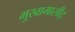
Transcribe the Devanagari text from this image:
मुखामासीद्